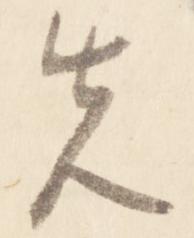
先